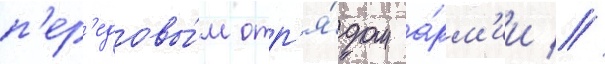
п'ер'едовы́м отр'я́дом а́рм'ии //